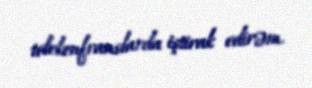
telekonfranslarda iştirak edirəm.